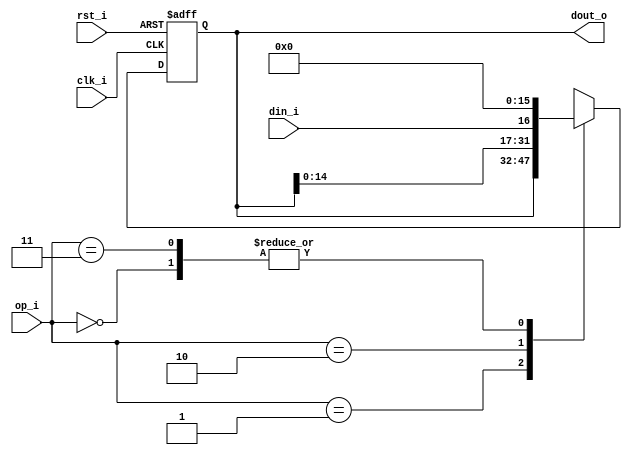
// Name: sipo_reg.v
//
// Description: Registro con entrada en serie y salida en paralelo con desplazamiento a la izquierda.

module sipo_reg_adc #(
  parameter Width = 16
) (
  input               rst_i,
  input               clk_i,
  input               din_i,
  input         [1:0] op_i,
  output  [Width-1:0] dout_o
);

  reg [Width-1:0] reg_q, mux_d;

  always @(din_i, op_i, reg_q) begin
    case (op_i)
      2'b00   : mux_d = 0;
      2'b01   : mux_d = reg_q;
      2'b10   : mux_d = {reg_q[Width-2:0],din_i};
      2'b11   : mux_d = 0;
      default : mux_d = 0;
    endcase
  end

  always @(posedge clk_i, posedge rst_i) begin
    if (rst_i)
      reg_q <= 0;
    else
      reg_q <= mux_d;
  end

  assign dout_o = reg_q;

endmodule